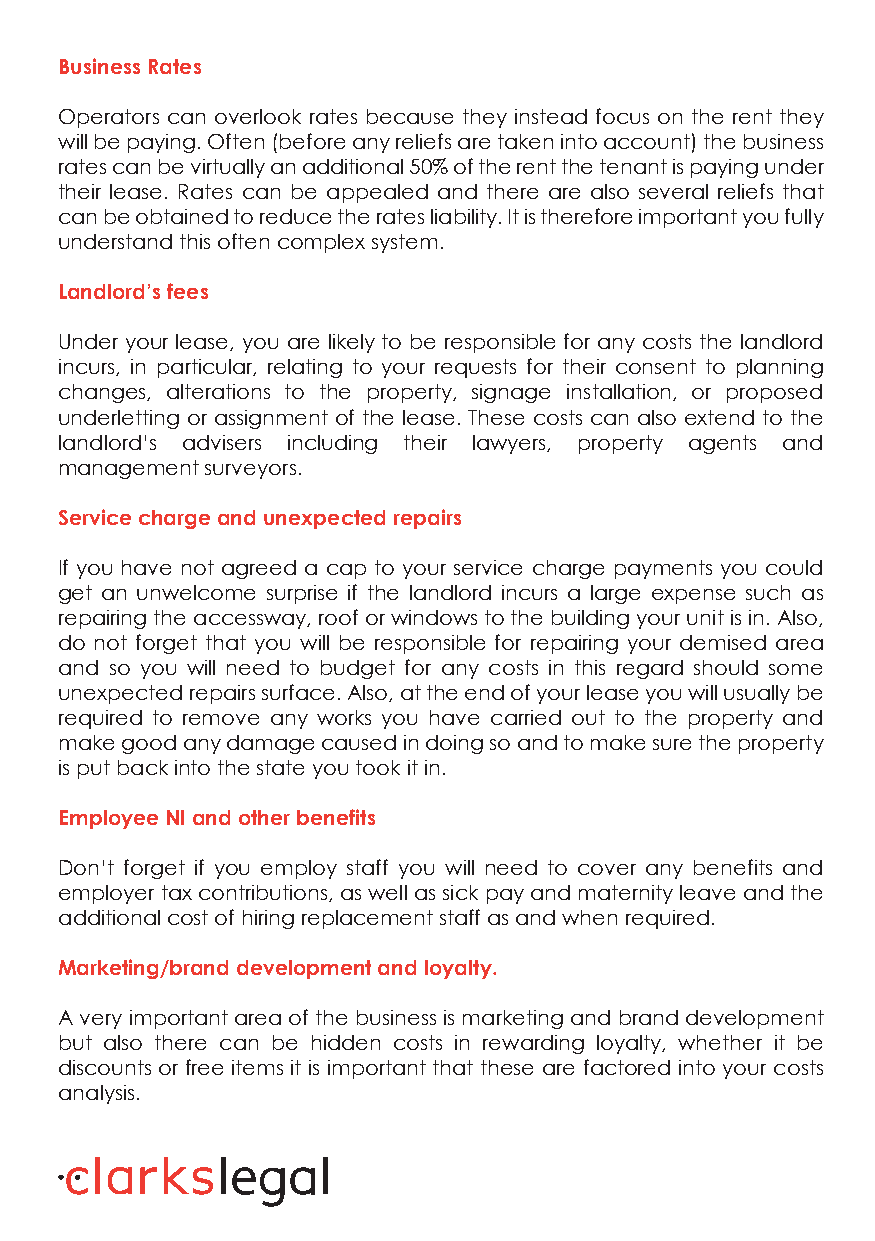
Business Rates
 Operators can overlook rates because they instead focus on the rent they
 will be paying. Often (before any reliefs are taken into account) the business
 rates can be virtually an additional 50% of the rent the tenant is paying under
 their lease. Rates can be appealed and there are also several reliefs that
 can be obtained to reduce the rates liability. It is therefore important you fully
 understand this often complex system.
 Landlord’s fees
 Under your lease, you are likely to be responsible for any costs the landlord
 incurs, in particular, relating to your requests for their consent to planning
 changes, alterations to the property, signage installation, or proposed
 underletting or assignment of the lease. These costs can also extend to the
 landlord’s advisers including their lawyers, property agents and
 management surveyors.
 Service charge and unexpected repairs
 If you have not agreed a cap to your service charge payments you could
 get an unwelcome surprise if the landlord incurs a large expense such as
 repairing the accessway, roof or windows to the building your unit is in. Also,
 do not forget that you will be responsible for repairing your demised area
 and so you will need to budget for any costs in this regard should some
 unexpected repairs surface. Also, at the end of your lease you will usually be
 required to remove any works you have carried out to the property and
 make good any damage caused in doing so and to make sure the property
 is put back into the state you took it in.
 Employee NI and other benefits
 Don’t forget if you employ staff you will need to cover any benefits and
 employer tax contributions, as well as sick pay and maternity leave and the
 additional cost of hiring replacement staff as and when required.
 Marketing/brand development and loyalty.
 A very important area of the business is marketing and brand development
 but also there can be hidden costs in rewarding loyalty, whether it be
 discounts or free items it is important that these are factored into your costs
 analysis.